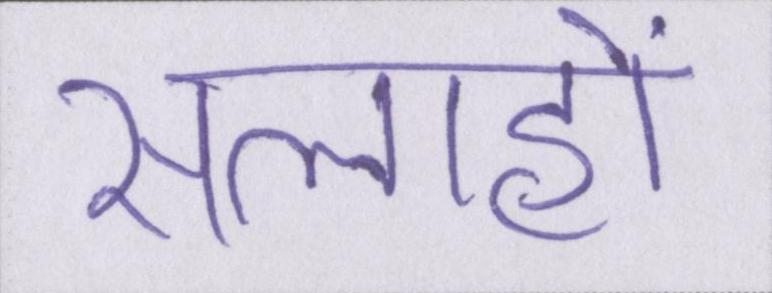
सलाहों